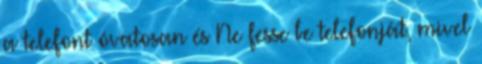
a telefont óvatosan és Ne fesse be telefonját, mivel